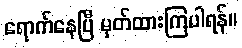
ရောက်နေပြီ မှတ်ထားကြပါရန်။